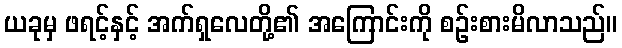
ယခုမှ ဖရင့်နှင့် အက်ရှလေတို့၏ အကြောင်းကို စဉ်းစားမိလာသည်။